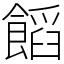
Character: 饀